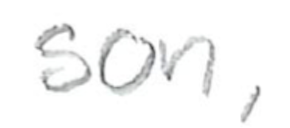
Text: son,
Cross-out: clean
Writing tool: pencil